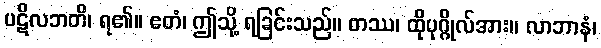
ပဋိလဘတိ၊ ရ၏။ ဧတံ၊ ဤသို့ ရခြင်းသည်။ တဿ၊ ထိုပုဂ္ဂိုလ်အား။ လာဘာနံ၊